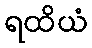
ရထိယံ